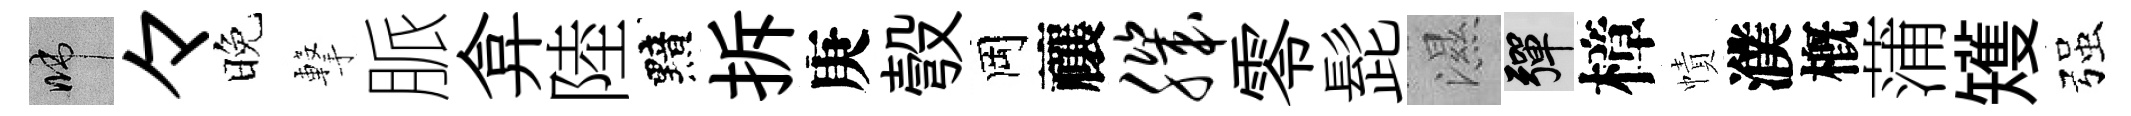
啼々晚撃脈弇陸黯拆庚彀岡禳肌零髭濕彈樟幘濮槪蒲矱强